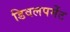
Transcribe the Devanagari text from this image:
डिवलपमेंट